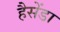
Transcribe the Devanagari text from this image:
हैसेंडा